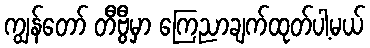
ကျွန်တော် တီဗွီမှာ ကြေညာချက်ထုတ်ပါ့မယ်